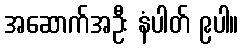
အဆောက်အဦး နံပါတ် ၉ပါ။